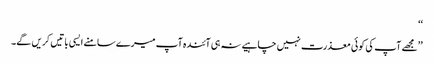
‘‘
’’مجھے آپ کی کوئی معذرت نہیں چاہیے نہ ہی آئندہ آپ میرے سامنے ایسی باتیں کریں گے۔